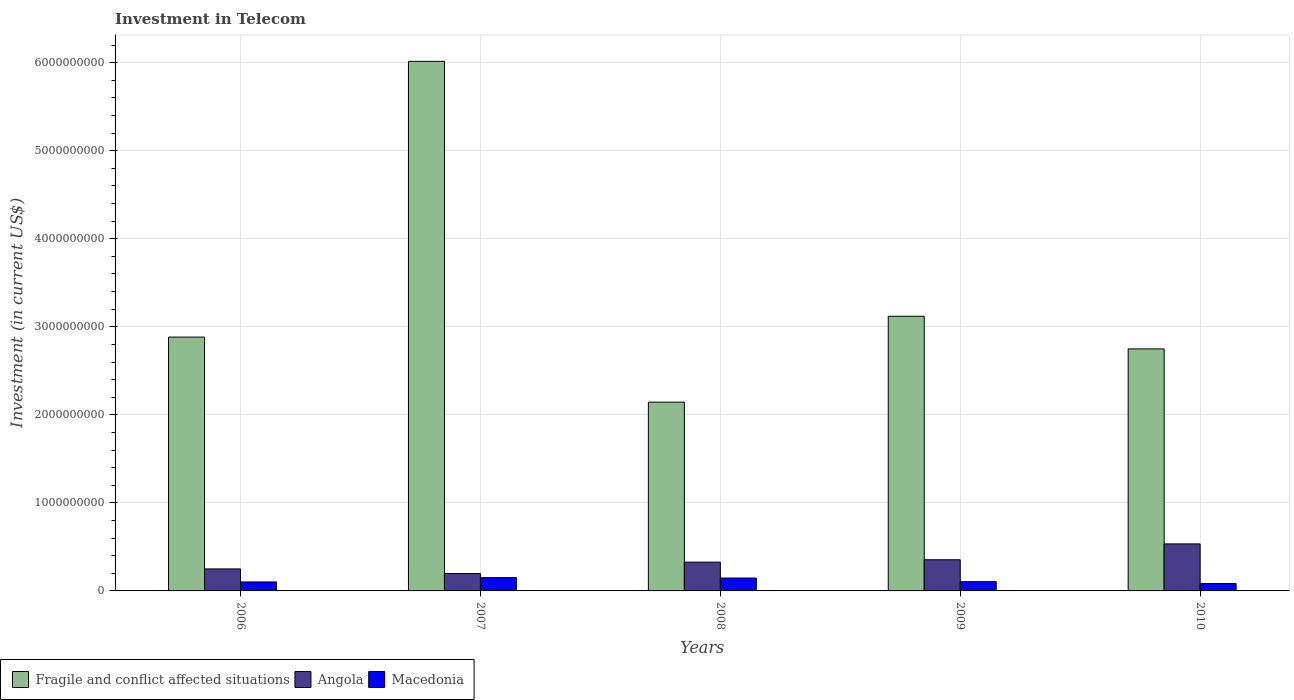
| Years | Fragile and conflict affected situations | Angola | Macedonia |
 | --- | --- | --- | --- |
 | 2006 | 2.88e+09 | 2.5e+08 | 1.02e+08 |
 | 2007 | 6.01e+09 | 1.98e+08 | 1.51e+08 |
 | 2008 | 2.14e+09 | 3.27e+08 | 1.46e+08 |
 | 2009 | 3.12e+09 | 3.54e+08 | 1.05e+08 |
 | 2010 | 2.75e+09 | 5.34e+08 | 8.33e+07 |